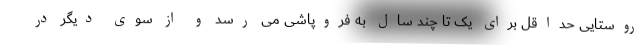
روستایی حداقل برای یک تا چند سال به فروپاشی می رسد و از سوی دیگر در